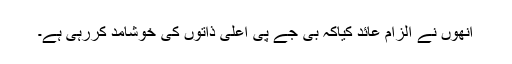
اُنھوں نے الزام عائد کیاکہ بی جے پی اعلیٰ ذاتوں کی خوشامد کررہی ہے۔